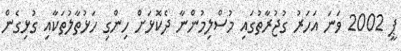
ޕީ 2002 ވަނަ އަހަރު ގުޖުރާތުގައި މުސްލިމުންނާ ދެކޮޅަށް ހިންގި ހަޅުތާލުތަކާއި ގުޅިގެން